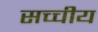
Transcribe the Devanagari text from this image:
सच्चीय